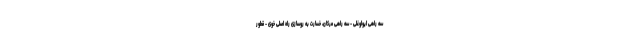
سه راهی ایواوغلی - سه راهی مرکان، خسارت به روسازی راه اصلی خوی - قطور